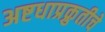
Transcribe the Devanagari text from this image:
अष्टधाप्रक्रुतीचे